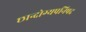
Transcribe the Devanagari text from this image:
छान्दोग्यपनिषद